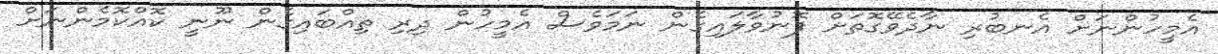
އެމީހުންނަށް އެނބުރި ނާދެވޭގޮތަށް ފޮނުވާލައިގެން ނަމަވެސް އެމީހުން ދިރި ތިއްބައިގެން ނޫނީ ކޮއްކޮމެންނަށް